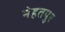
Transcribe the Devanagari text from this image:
नेहतपुर